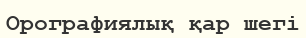
Орографиялық қар шегі